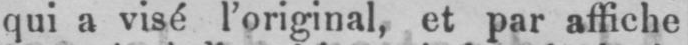
qui a visé l’original, et par affiche